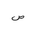
Letter: _sad